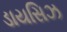
ડાયસિઝ